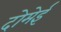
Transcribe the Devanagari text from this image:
दोमेई